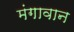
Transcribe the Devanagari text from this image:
मंगावान